Annual report of the Imperial Bacteriologist
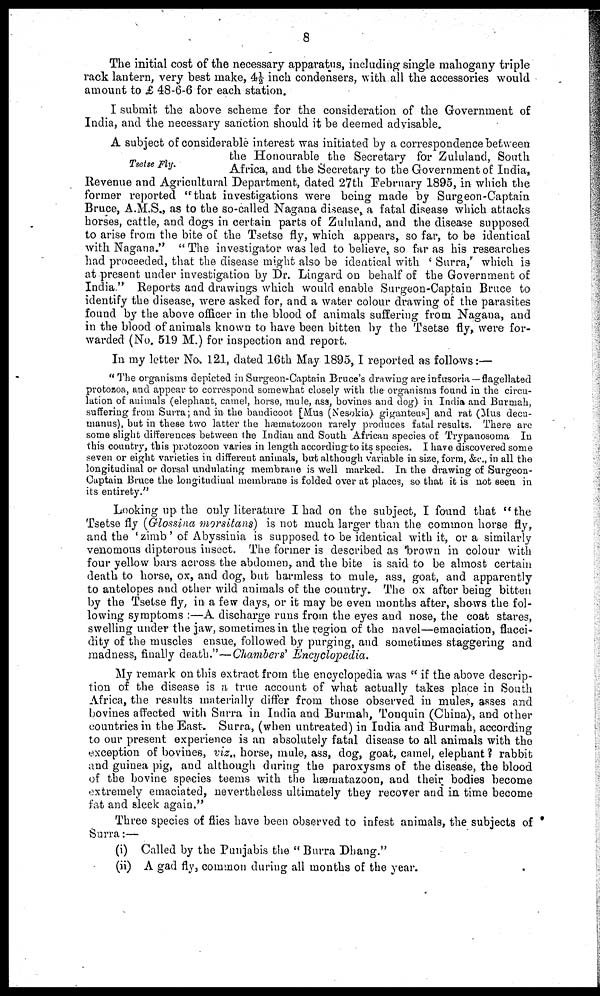
8
The initial cost of the necessary apparatus, including single mahogany triple
rack lantern, very best make, 4½ inch condensers, with all the accessories would
amount to £ 48-6-6 for each station.
I submit the above scheme for the consideration of the Government of
India, and the necessary sanction should it be deemed advisable.
Tsetse Fly.
A subject of considerable interest was initiated by a correspondence between
the Honourable the Secretary for Zululand, South
Africa, and the Secretary to the Government of India,
Revenue and Agricultural Department, dated 27th February 1895, in which the
former reported "that investigations were being made by Surgeon-Captain
Bruce, A.M.S., as to the so-called Nagana disease, a fatal disease which attacks
horses, cattle, and dogs in certain parts of Zululand, and the disease supposed
to arise from the bite of the Tsetse fly, which appears, so far, to be identical
with Nagana." "The investigator was led to believe, so far as his researches
had proceeded, that the disease might also be identical with ' Surra,' which is
at present under investigation by Dr. Lingard on behalf of the Government of
India." Reports and drawings which would enable Surgeon-Captain Bruce to
identify the disease, were asked for, and a water colour drawing of the parasites
found by the above officer in the blood of animals suffering from Nagana, and
in the blood of animals known to have been bitten by the Tsetse fly, were for-
warded (No. 519 M.) for inspection and report.
In my letter No. 121, dated 16th May 1895,I reported as follows:—
" The organisms depicted in Surgeon-Captain Bruce's drawing are infusoria—flagellated
protozoa, and appear to correspond somewhat closely with the organisms found in the circu-
lation of animals (elephant, camel, horse, mule, ass, bovines and dog) in India and Burmah,
suffering from Surra; and in the bandicoot [Mus (Nesokia) giganteus] and rat (Mus decu-
manus), but in these two latter the hæmatozoon rarely produces fatal results. There are
some slight differences between the Indian and South African species of Trypanosoma In
this country, this protozoon varies in length according to its species. I have discovered some
seven or eight varieties in different animals, but although variable in size, form, &c., in all the
longitudinal or dorsal undulating membrane is well marked. In the drawing of Surgeon-
Captain Bruce the longitudinal membrane is folded over at places, so that it is not seen in
its entirety."
Looking up the only literature I had on the subject, I found that "the
Tsetse fly (Glossina morsitans) is not much larger than the common horse fly,
and the 'zimb ' of Abyssinia is supposed to be identical with it, or a similarly
venomous dipterous insect. The former is described as brown in colour with
four yellow bars across the abdomen, and the bite is said to be almost certain
death to horse, ox, and dog, but harmless to mule, ass, goat, and apparently
to antelopes and other wild animals of the country. The ox after being bitten
by the Tsetse fly, in a few days, or it may be even months after, shows the fol-
lowing symptoms :—A discharge runs from the eyes and nose, the coat stares,
swelling under the jaw, sometimes in the region of the navel—emaciation, flacci-
dity of the muscles ensue, followed by purging, and sometimes staggering and
madness, finally death."—Chambers' Encyclopedia.
My remark on this extract from the encyclopedia was " if the above descrip-
tion of the disease is a true account of what actually takes place in South
Africa, the results materially differ from those observed in mules, asses and
bovines affected with Surra in India and Burmah, Tonquin (China), and other
countries in the East. Surra, (when untreated) in India and Burmah, according
to our present experience is an absolutely fatal disease to all animals with the
exception of bovines, viz., horse, mule, ass, dog, goat, camel, elephant ? rabbit
and guinea pig, and although during the paroxysms of the disease, the blood
of the bovine species teems with the hæmatazoon, and their bodies become
extremely emaciated, nevertheless ultimately they recover and in time become
fat and sleek again."
Three species of flies have been observed to infest animals, the subjects of
Surra:—
(i) Called by the Punjabis the " Burra Dhang."
(ii) A gad fly, common during all months of the year.